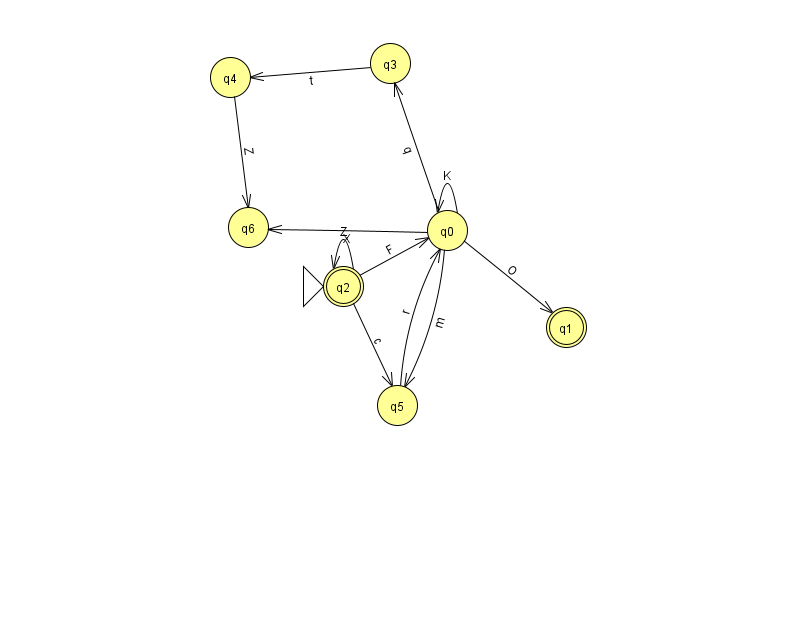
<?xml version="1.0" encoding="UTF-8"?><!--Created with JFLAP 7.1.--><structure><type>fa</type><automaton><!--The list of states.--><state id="0" name="q0"><x>447.0</x><y>217.0</y></state><state id="1" name="q1"><x>566.0</x><y>314.0</y><final/></state><state id="2" name="q2"><x>343.0</x><y>273.0</y><initial/><final/></state><state id="3" name="q3"><x>390.0</x><y>50.0</y></state><state id="4" name="q4"><x>230.0</x><y>64.0</y></state><state id="5" name="q5"><x>397.0</x><y>392.0</y></state><state id="6" name="q6"><x>248.0</x><y>214.0</y></state><!--The list of transitions.--><transition><from>0</from><to>6</to><read>X</read></transition><transition><from>0</from><to>1</to><read>O</read></transition><transition><from>3</from><to>4</to><read>t</read></transition><transition><from>5</from><to>0</to><read>r</read></transition><transition><from>0</from><to>5</to><read>m</read></transition><transition><from>2</from><to>2</to><read>Z</read></transition><transition><from>2</from><to>5</to><read>c</read></transition><transition><from>0</from><to>0</to><read>K</read></transition><transition><from>2</from><to>0</to><read>F</read></transition><transition><from>0</from><to>3</to><read>q</read></transition><transition><from>4</from><to>6</to><read>Z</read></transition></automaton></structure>